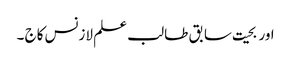
اور بحیت سابق طا لب علم لازنس کاج ۔